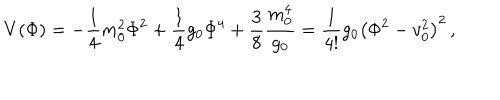
V ( \Phi ) = - \frac { 1 } { 4 } m _ { 0 } ^ { 2 } \Phi ^ { 2 } + \frac { 1 } { 4 } g _ { 0 } \Phi ^ { 4 } + \frac { 3 } { 8 } \frac { m _ { 0 } ^ { 4 } } { g _ { 0 } } = \frac { 1 } { 4 ! } g _ { 0 } \left( \Phi ^ { 2 } - v _ { 0 } ^ { 2 } \right) ^ { 2 } \, ,